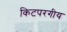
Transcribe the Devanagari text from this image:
किटपरगीय